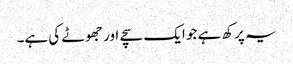
یہ پرکھ ہے جو ایک سچے اور جھوٹے کی ہے۔